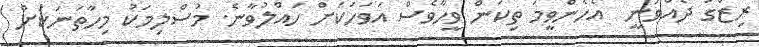
ރިޒްގު ދެއްވަނީ  އެހެންވީމަ ތިކަން ވީހާވެސް އަވަހަކަށް ހައްލުވާނެ. މުސްލިމަކު މިހާތަނަކަށް